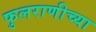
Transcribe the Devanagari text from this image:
फुलराणीच्या